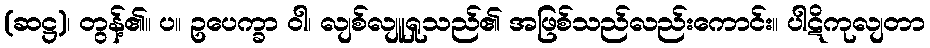
(ဆဋ္ဌ)၊ တွန့်၏။ ပ။ ဥပေက္ခာ ဝါ၊ လျစ်လျူရှုသည်၏ အဖြစ်သည်လည်းကောင်း။ ပါဋိကုလျတာ